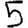
Digit: 5